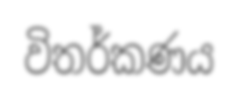
විතර්කණය